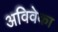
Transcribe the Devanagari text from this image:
अविवेका